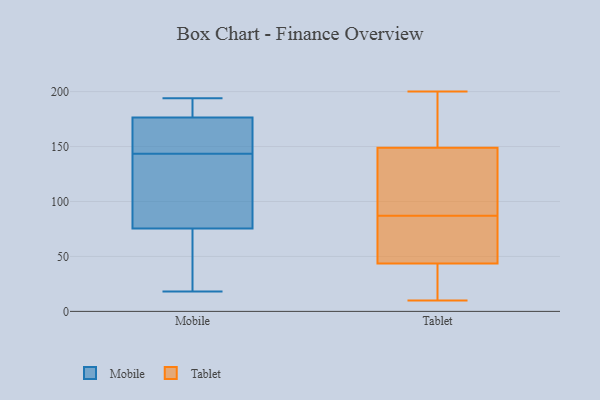
{"axis": {"x": "Customer Acquisition Cost (USD)", "y": "Value"}, "legend": ["Mobile", "Tablet"], "data": [{"x": "", "y": 77, "type": "Mobile"}, {"x": "", "y": 74, "type": "Mobile"}, {"x": "", "y": 65, "type": "Mobile"}, {"x": "", "y": 175, "type": "Mobile"}, {"x": "", "y": 131, "type": "Mobile"}, {"x": "", "y": 149, "type": "Mobile"}, {"x": "", "y": 180, "type": "Mobile"}, {"x": "", "y": 138, "type": "Mobile"}, {"x": "", "y": 157, "type": "Mobile"}, {"x": "", "y": 178, "type": "Mobile"}, {"x": "", "y": 170, "type": "Mobile"}, {"x": "", "y": 72, "type": "Mobile"}, {"x": "", "y": 161, "type": "Mobile"}, {"x": "", "y": 178, "type": "Mobile"}, {"x": "", "y": 110, "type": "Mobile"}, {"x": "", "y": 93, "type": "Mobile"}, {"x": "", "y": 34, "type": "Mobile"}, {"x": "", "y": 194, "type": "Mobile"}, {"x": "", "y": 190, "type": "Mobile"}, {"x": "", "y": 18, "type": "Mobile"}, {"x": "", "y": 60, "type": "Tablet"}, {"x": "", "y": 191, "type": "Tablet"}, {"x": "", "y": 75, "type": "Tablet"}, {"x": "", "y": 109, "type": "Tablet"}, {"x": "", "y": 99, "type": "Tablet"}, {"x": "", "y": 11, "type": "Tablet"}, {"x": "", "y": 42, "type": "Tablet"}, {"x": "", "y": 180, "type": "Tablet"}, {"x": "", "y": 10, "type": "Tablet"}, {"x": "", "y": 118, "type": "Tablet"}, {"x": "", "y": 45, "type": "Tablet"}, {"x": "", "y": 200, "type": "Tablet"}]}